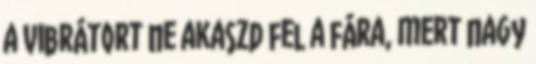
a vibrátort ne akaszd fel a fára, mert nagy